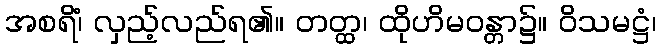
အစရိံ၊ လှည့်လည်ရ၏။ တတ္ထ၊ ထိုဟိမဝန္တာ၌။ ဝိသမဋ္ဌံ၊